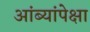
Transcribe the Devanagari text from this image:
आंब्यांपेक्षा